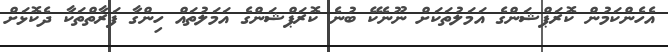
އެހެންކަމުން ކޮރަޕްޝަންގެ އަމަލުތަކަށް ނޫނެކޭ ބުނެ ކޮރަޕްޝަންގެ އަމަލުތައް ހިންގާ ފަރާތްތަކާ ދެކޮޅަށް